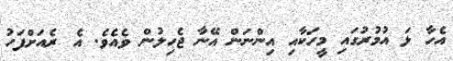
އެހާ ޅަ އުމުރުގައި މީހަކާއި އިންނަން އޭނާ ޖެހިލުން ވެއެވެ. އެ ރެއަށްފަހު